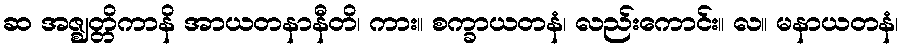
ဆ အဇ္ဈတ္တိကာနိ အာယတနာနီတိ၊ ကား။ စက္ခာယတနံ၊ လည်းကောင်း။ လ။ မနာယတနံ၊